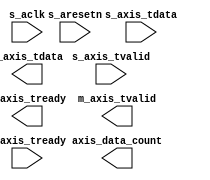
/*******************************************************************************
*     This file is owned and controlled by Xilinx and must be used solely      *
*     for design, simulation, implementation and creation of design files      *
*     limited to Xilinx devices or technologies. Use with non-Xilinx           *
*     devices or technologies is expressly prohibited and immediately          *
*     terminates your license.                                                 *
*                                                                              *
*     XILINX IS PROVIDING THIS DESIGN, CODE, OR INFORMATION "AS IS" SOLELY     *
*     FOR USE IN DEVELOPING PROGRAMS AND SOLUTIONS FOR XILINX DEVICES.  BY     *
*     PROVIDING THIS DESIGN, CODE, OR INFORMATION AS ONE POSSIBLE              *
*     IMPLEMENTATION OF THIS FEATURE, APPLICATION OR STANDARD, XILINX IS       *
*     MAKING NO REPRESENTATION THAT THIS IMPLEMENTATION IS FREE FROM ANY       *
*     CLAIMS OF INFRINGEMENT, AND YOU ARE RESPONSIBLE FOR OBTAINING ANY        *
*     RIGHTS YOU MAY REQUIRE FOR YOUR IMPLEMENTATION.  XILINX EXPRESSLY        *
*     DISCLAIMS ANY WARRANTY WHATSOEVER WITH RESPECT TO THE ADEQUACY OF THE    *
*     IMPLEMENTATION, INCLUDING BUT NOT LIMITED TO ANY WARRANTIES OR           *
*     REPRESENTATIONS THAT THIS IMPLEMENTATION IS FREE FROM CLAIMS OF          *
*     INFRINGEMENT, IMPLIED WARRANTIES OF MERCHANTABILITY AND FITNESS FOR A    *
*     PARTICULAR PURPOSE.                                                      *
*                                                                              *
*     Xilinx products are not intended for use in life support appliances,     *
*     devices, or systems.  Use in such applications are expressly             *
*     prohibited.                                                              *
*                                                                              *
*     (c) Copyright 1995-2013 Xilinx, Inc.                                     *
*     All rights reserved.                                                     *
*******************************************************************************/
// You must compile the wrapper file dp_ram.v when simulating
// the core, dp_ram. When compiling the wrapper file, be sure to
// reference the XilinxCoreLib Verilog simulation library. For detailed
// instructions, please refer to the "CORE Generator Help".

// The synthesis directives "translate_off/translate_on" specified below are
// supported by Xilinx, Mentor Graphics and Synplicity synthesis
// tools. Ensure they are correct for your synthesis tool(s).

`timescale 1ns/1ps

module dp_ram(
  s_aclk,
  s_aresetn,
  s_axis_tvalid,
  s_axis_tready,
  s_axis_tdata,
  m_axis_tvalid,
  m_axis_tready,
  m_axis_tdata,
  axis_data_count
);

input s_aclk;
input s_aresetn;
input s_axis_tvalid;
output s_axis_tready;
input [7 : 0] s_axis_tdata;
output m_axis_tvalid;
input m_axis_tready;
output [7 : 0] m_axis_tdata;
output [11 : 0] axis_data_count;

endmodule